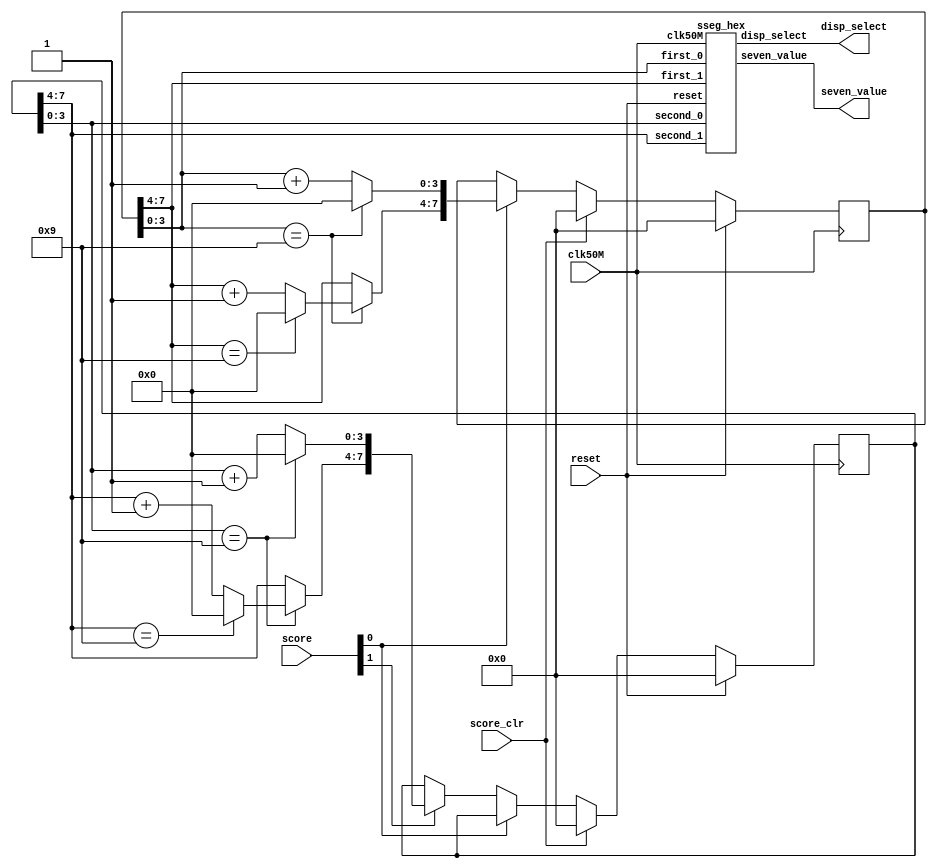
`timescale 1ns / 1ps
//////////////////////////////////////////////////////////////////////////////////
// Company: 
// Engineer: 
// 
// Design Name: 
// Module Name:    track 
// Project Name: 
// Target Devices: 
// Tool versions: 
// Description: 
//
// Dependencies: 
//
// Revision: 
// Revision 0.01 - File Created
// Additional Comments: 
//
//////////////////////////////////////////////////////////////////////////////////
module score(
    input wire clk50M, reset,
    input wire [1:0] score,
    input wire score_clr,
    output [7:0] seven_value,
    output [3:0] disp_select );
	 
	reg [7:0] score_1, score_0;
	reg [7:0] score_0_next, score_1_next;
	//wire db_clk_1, db_clk_0, q_0;
	
	//debounce dp_btn_0 (.raw(btn[0]), .clk(clk), .reset(reset), .db_clk(db_clk_0), .q(q_0));
	//debounce dp_btn_1 (.raw(btn[1]), .clk(clk), .reset(reset), .db_clk(db_clk_1), .q());
	
	 
	sseg_hex score_disp(.clk50M(clk50M), .reset(reset), .first_1(score_0[7:4]), .first_0(score_0[3:0]), .second_1(score_1[7:4]),
			.second_0(score_1[3:0]), .disp_select(disp_select), .seven_value(seven_value));

	
	always @ (posedge clk50M)
		if(reset) begin
			score_0<= 0;
			score_1 <= 0;
		end
		else begin
			score_0 <= score_0_next;		
			score_1 <= score_1_next;
			
		end
  
	

	always @ (*)
	begin
		score_0_next = score_0;
		score_1_next = score_1;
		if (score_clr) begin
			score_0_next = 0;
			score_1_next = 0;
		end

		else if(score[0]) begin
		if(score_0_next[3:0] == 4'b1001)begin
			score_0_next[3:0] = 4'b0;
			if(score_0_next[7:4] == 4'b1001)
				score_0_next[7:4] = 0;
			else
				score_0_next[7:4] = score_0[7:4] + 1;
		end
		else
			score_0_next[3:0] = score_0[3:0] + 1;
		end

		else if(score[1]) begin
		if(score_1_next[3:0] == 4'b1001)begin
			score_1_next[3:0] = 4'b0;
			if(score_1_next[7:4] == 4'b1001)
				score_1_next[7:4] = 0;
			else
				score_1_next[7:4] = score_1[7:4] + 1;
		end
		else
			score_1_next[3:0] = score_1[3:0] + 1;
		end
	end
  
  
	//assign btn_1_next = (db_clk_1) ? btn_1 + 1 : btn_1;
	//assign btn_0_next = (db_clk_0) ? btn_0 + 1 : btn_0;
	//sound note(.clk25(clk), .point(btn[0]), .lose(db_clk_1), .speaker(speaker)); 
endmodule

module sseg_hex (input clk50M, reset,
		input [3:0] first_1, first_0, second_1, second_0,
		output reg [3:0] disp_select,
		output reg [7:0] seven_value
		);
	
	
	reg [18:0] counter;
	wire[18:0] counter_next;
	reg [3:0] A;
	wire [1:0] toptwo;
	
	always @ (posedge clk50M, posedge reset)
		if (reset)
			counter <= 0;
		else
			counter <= counter_next;
	
	assign counter_next = counter + 1;
	assign toptwo[1:0] = counter[18:17];	
	
	always @(*)
	
		case(toptwo)
			2'b00 : 
			begin
				disp_select = ~4'b0001;
				A = first_0;
		   end
			2'b01 : 
			begin
				disp_select = ~4'b0010;
				A = first_1;
			end
			2'b10 :
			begin
				disp_select = ~4'b0100;
				A = second_0;
			end
			2'b11 :
			begin
				disp_select = ~4'b1000;
				A = second_1;
			end
		endcase
		
	always @(*) begin
		case(A)			
			4'h0 : seven_value = ~8'b11111100;  // Note inversion
			4'h1 : seven_value = ~8'b01100000;
			4'h2 : seven_value = ~8'b11011010;
			4'h3 : seven_value = ~8'b11110010;
			4'h4 : seven_value = ~8'b01100110;
			4'h5 : seven_value = ~8'b10110110;
			4'h6 : seven_value = ~8'b10111110;
			4'h7 : seven_value = ~8'b11100000;
			4'h8 : seven_value = ~8'b11111110;
			4'h9 : seven_value = ~8'b11110110;
			4'ha : seven_value = ~8'b11101110;
      	4'hb : seven_value = ~8'b00111110;
      	4'hc : seven_value = ~8'b10011100;
      	4'hd : seven_value = ~8'b01111010;
      	4'he : seven_value = ~8'b10011110;
      	default: seven_value = ~8'b10001110;
		endcase
	end
endmodule